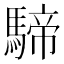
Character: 𩤢